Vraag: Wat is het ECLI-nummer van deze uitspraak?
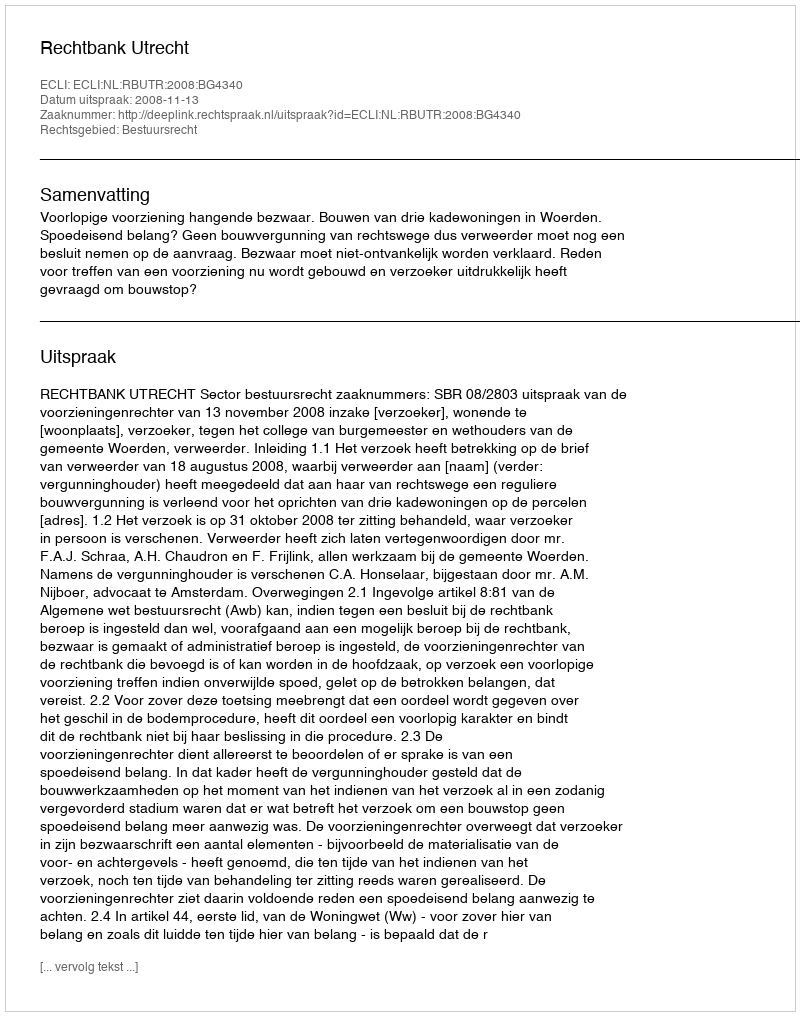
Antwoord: ECLI:NL:RBUTR:2008:BG4340